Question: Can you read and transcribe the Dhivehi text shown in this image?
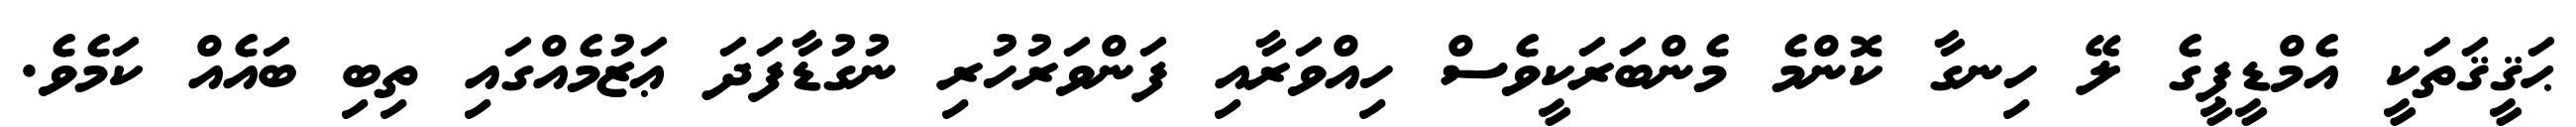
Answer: ޙަޤީޤަތަކީ އެމްޑީޕީގެ ލޭ ހިނގާ ކޮންމެ މެންބަރަކީވެސް ހިއްވަރާއި ފަންވަރުހުރި ނުގުޑާފަދަ ޢަޒުމެއްގައި ތިބި ބައެއް ކަމެވެ.